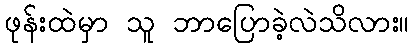
ဖုန်းထဲမှာ သူ ဘာပြောခဲ့လဲသိလား။